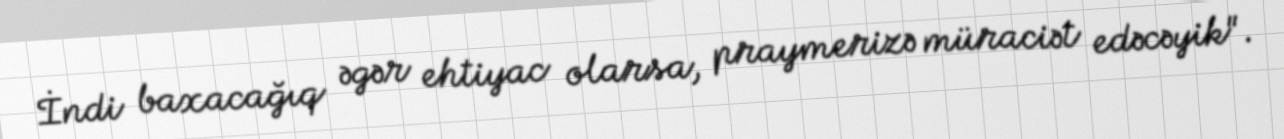
İndi baxacağıq əgər ehtiyac olarsa, praymerizə müraciət edəcəyik".